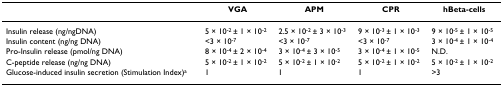
|  | VGA | APM | CPR | hBeta-cells |
 | --- | --- | --- | --- | --- |
 | Insulin release (ng/ngDNA) | 5 × 10-2 ± 1 × 10-2 | 2.5 × 10-2 ± 3 × 10-3 | 9 × 10-3 ± 1 × 10-3 | 9 × 10-5 ± 1 × 10-5 |
 | Insulin content (ng/ng DNA) | <3 × 10-7 | <3 × 10-7 | <3 × 10-7 | 3 × 10-4 ± 1 × 10-4 |
 | Pro-Insulin release (pmol/ng DNA) | 8 × 10-4 ± 2 × 10-4 | 3 × 10-4 ± 3 × 10-5 | 3 × 10-4 ± 1 × 10-5 | N.D. |
 | C-peptide release (ng/ng DNA) | 5 × 10-2 ± 1 × 10-2 | 5 × 10-2 ± 1 × 10-2 | 5 × 10-2 ± 1 × 10-2 | 5 × 10-2 ± 1 × 10-2 |
 | Glucose-induced insulin secretion (Stimulation Index)a | 1 | 1 | 1 | >3 |